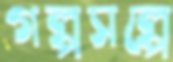
গল্পসল্পে